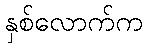
နှစ်လောက်က